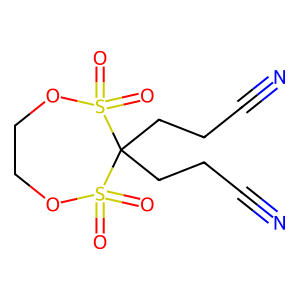
SMILES: N#CCCC1(CCC#N)S(=O)(=O)OCCOS1(=O)=O
Inhibits HIV replication: No